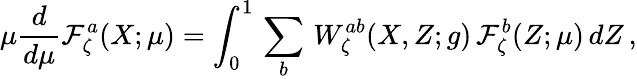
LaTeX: \mu\frac{d}{d\mu}{\cal F}_{\zeta}^{a}(X;\mu)=\int_{0}^{1}\, \sum_{b}\, W_{\zeta}^{ab}(X,Z;g)\, {\cal F}_{\zeta}^{b}(Z;\mu)\, dZ\, ,